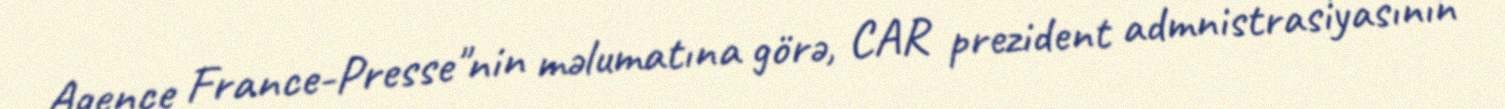
Agence France-Presse"nin məlumatına görə, CAR prezident admnistrasiyasının